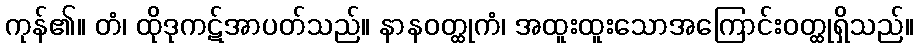
ကုန်၏။ တံ၊ ထိုဒုကဋ်အာပတ်သည်။ နာနဝတ္ထုကံ၊ အထူးထူးသောအကြောင်းဝတ္ထုရှိသည်။